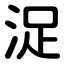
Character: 浞